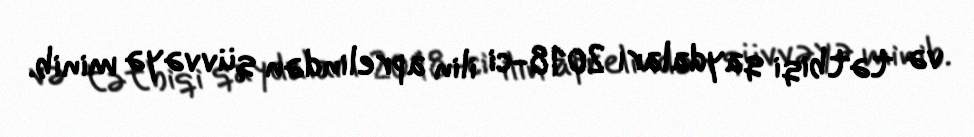
və tətbiqi qaydaları 2018-ci ilin aprelindən qüvvəyə minib.